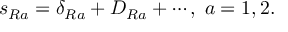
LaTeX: s _ { R a } = \delta _ { R a } + D _ { R a } + \cdots , \; a = 1 , 2 .